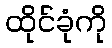
ထိုင်ခုံကို